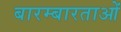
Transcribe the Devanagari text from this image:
बारम्बारताओं